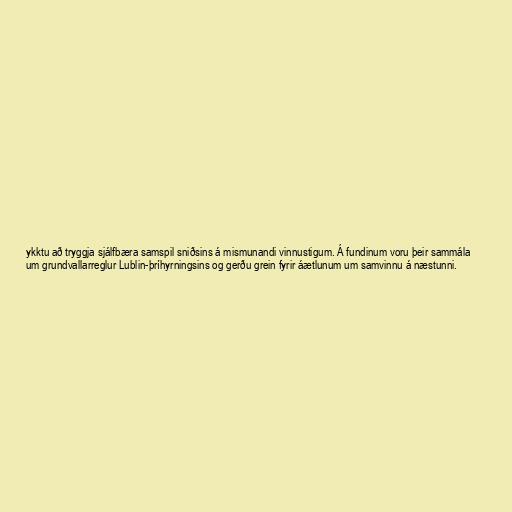
ykktu að tryggja sjálfbæra samspil sniðsins á mismunandi vinnustigum. Á fundinum voru þeir sammála
um grundvallarreglur Lublin-þríhyrningsins og gerðu grein fyrir áætlunum um samvinnu á næstunni.